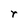
Character: r